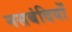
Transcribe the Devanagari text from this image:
नसबंदियों